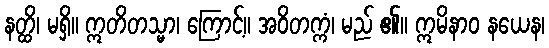
နတ္ထိ၊ မရှိ။ ဣတိတသ္မာ၊ ကြောင့်။ အဝိတက္ကံ၊ မည် ၏။ ဣမိနာဝ နယေန၊